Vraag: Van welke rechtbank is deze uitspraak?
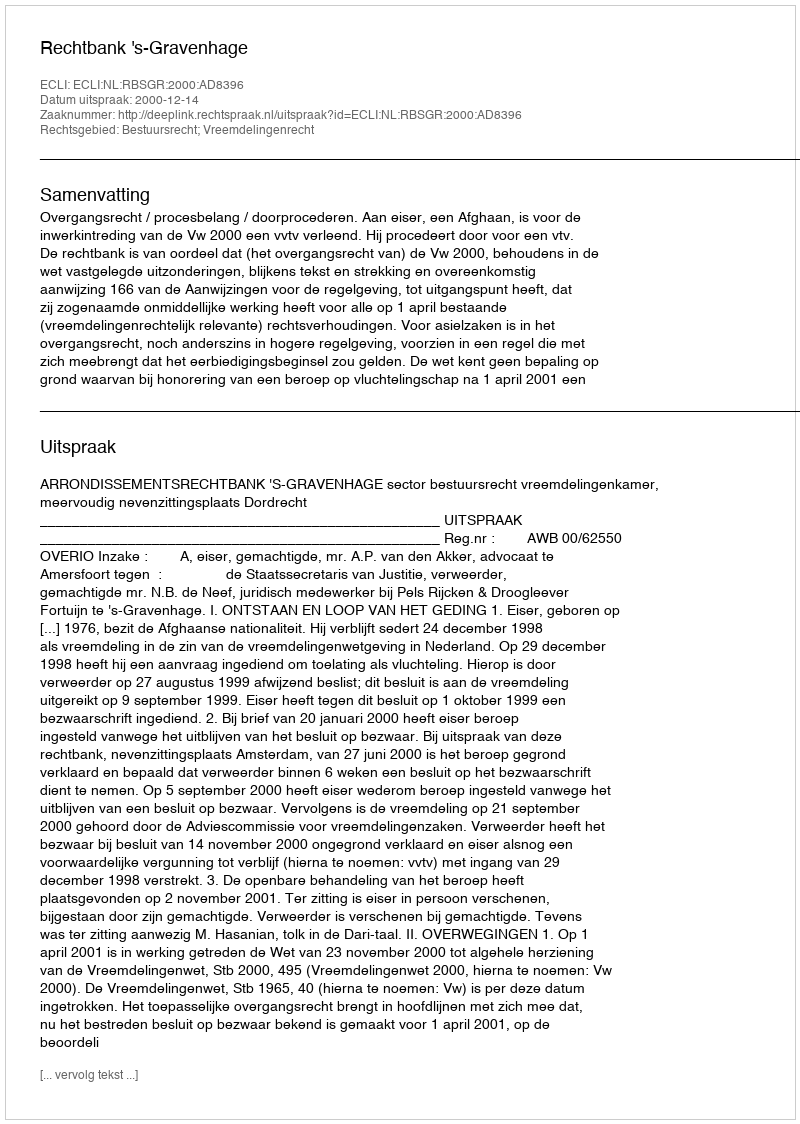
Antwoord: Rechtbank 's-Gravenhage